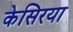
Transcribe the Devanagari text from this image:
केसिरया